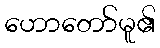
ဟောတော်မူ၏